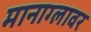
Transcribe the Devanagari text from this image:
मानाग्लावर